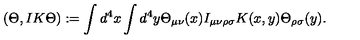
( \Theta , I K \Theta ) : = \int d ^ { 4 } x \int d ^ { 4 } y \Theta _ { \mu \nu } ( x ) I _ { \mu \nu \rho \sigma } K ( x , y ) \Theta _ { \rho \sigma } ( y ) .